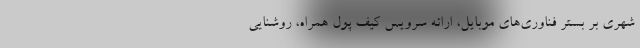
شهری بر بستر فناوری‌های موبایل، ارائه سرویس کیف پول همراه، روشنایی